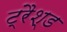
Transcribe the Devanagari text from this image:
ट्रैश्ड